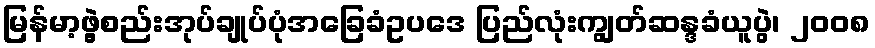
မြန်မာ့ဖွဲ့စည်းအုပ်ချုပ်ပုံအခြေခံဥပဒေ ပြည်လုံးကျွတ်ဆန္ဒခံယူပွဲ၊ ၂၀၀၈